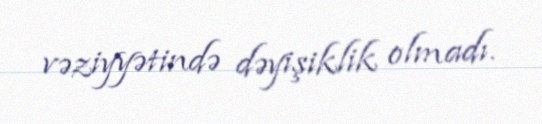
vəziyyətində dəyişiklik olmadı.